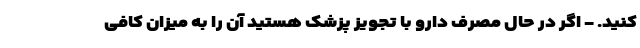
کنید. - اگر در حال مصرف دارو با تجویز پزشک هستید آن را به میزان کافی